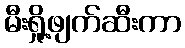
မီးရှို့ဖျက်ဆီးကာ